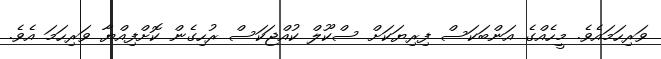
ވަރިހަމައެވެ. މީހެއްގެ އަންބަކަސް ފިރިޔަކަށް ސްކޫލް ކުއްޖަކަސް ރުހިގެން ކޮށްފިއްޔާ ވަރިހަމަ އެވެ.